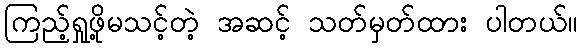
ကြည့်ရှုဖို့မသင့်တဲ့ အဆင့် သတ်မှတ်ထား ပါတယ်။